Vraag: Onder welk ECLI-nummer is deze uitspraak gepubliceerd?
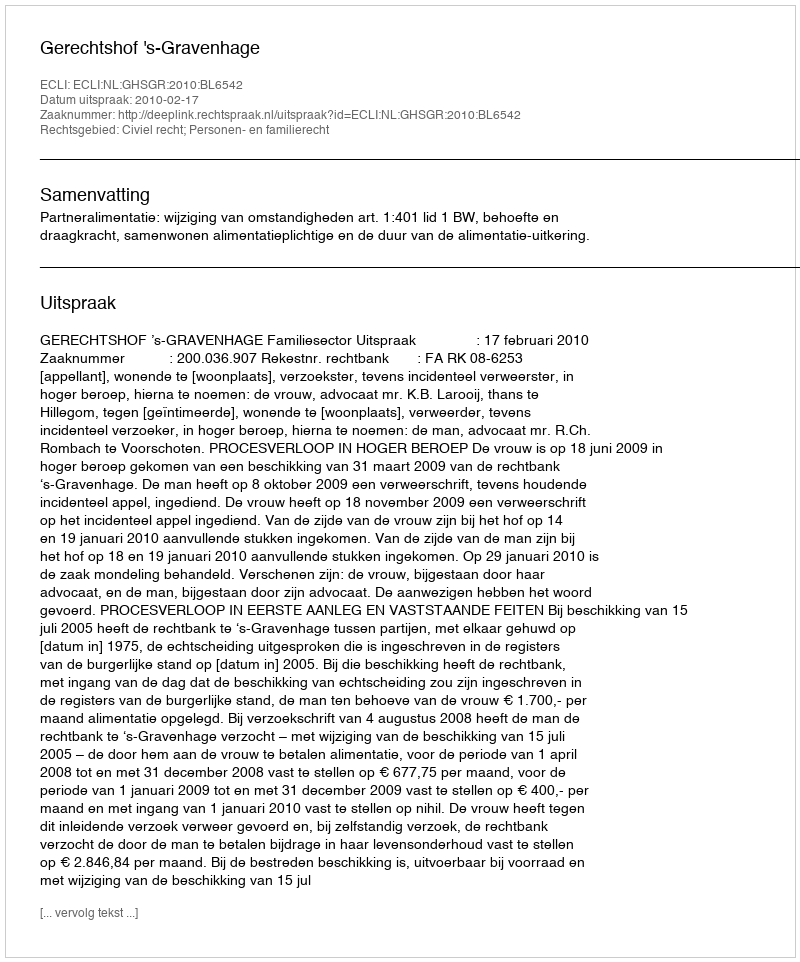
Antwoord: ECLI:NL:GHSGR:2010:BL6542